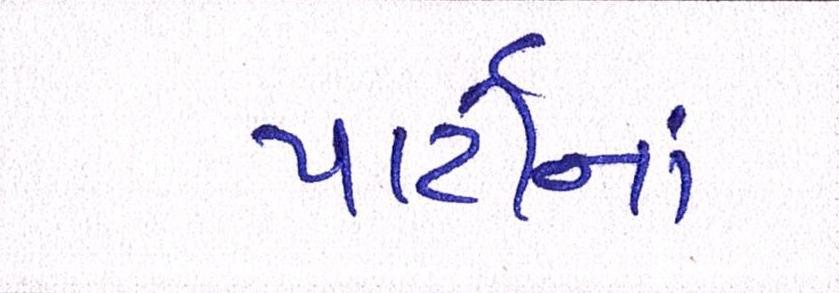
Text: પાર્ટીનાં